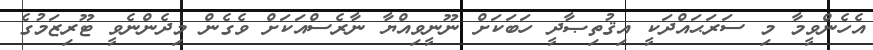
އެހެންވީމާ މި ސަރަޙައްދަކީ އިޤުތިޞާދީ ހަބަކަށް ނޫނީވިއްޔާ ނާރެސްއަކަށް ވެގެން މިދެންނެވީ ޓޫރިޒަމުގެ